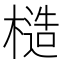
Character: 𪳤